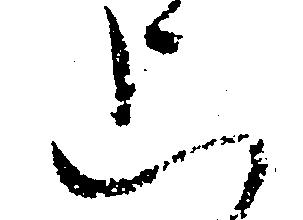
上